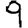
Digit: 9